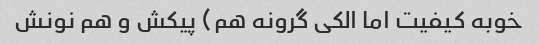
خوبه کیفیت اما الکی گرونه هم) پیکش و هم نونش